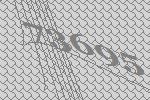
73695